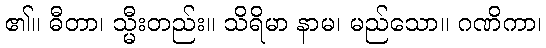
၏။ ဓီတာ၊ သ္မီးတည်း။ သိရိမာ နာမ၊ မည်သော။ ဂဏိကာ၊